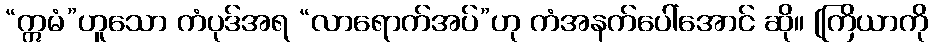
“ဣမံ”ဟူသော ကံပုဒ်အရ “လာရောက်အပ်”ဟု ကံအနက်ပေါ်အောင် ဆို။ [ကြိယာကို